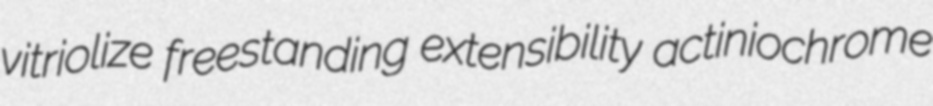
vitriolize freestanding extensibility actiniochrome